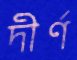
দীর্ণ